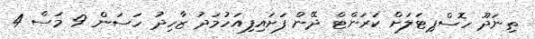
ތިނަދޫ ހޮސްޕިޓަލަށް ކަރަންޓް ދޭން ފަށައިފިއަހުމަދު ޒާހިދު ހަސަން 9 މަސް 4